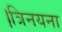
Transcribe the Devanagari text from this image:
।त्रिनयना